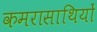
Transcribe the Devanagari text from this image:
कमरासाथियों